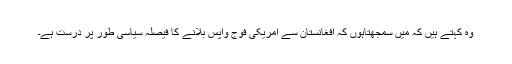
وہ کہتے ہیں کہ میں سمجھتاہوں کہ افغانستان سے امریکی فوج واپس بلانے کا فیصلہ سیاسی طور پر درست ہے۔